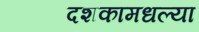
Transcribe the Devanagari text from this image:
दशकामधल्या